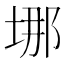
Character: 𡌈